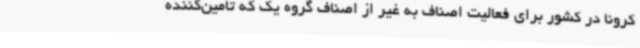
کرونا در کشور برای فعالیت اصناف به غیر از اصناف گروه یک که تامین‌کننده